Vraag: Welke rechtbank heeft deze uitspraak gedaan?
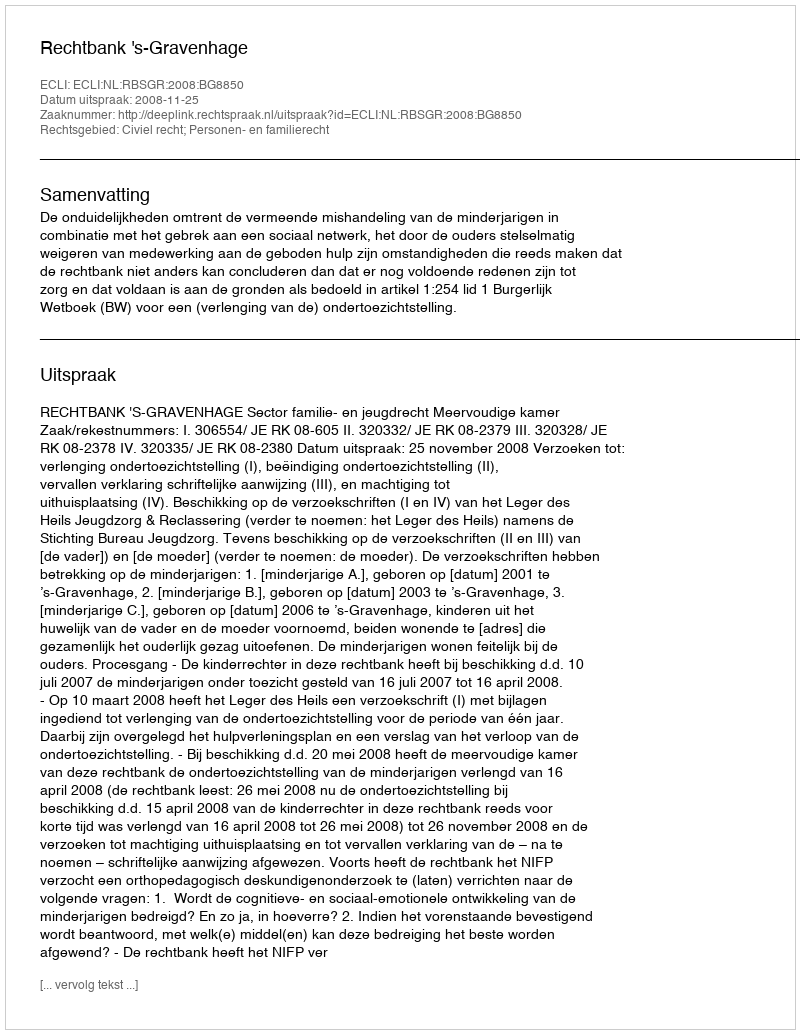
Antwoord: Rechtbank 's-Gravenhage